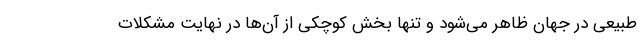
طبیعی در جهان ظاهر می‌شود و تنها بخش کوچکی از آن‌ها در نهایت مشکلات